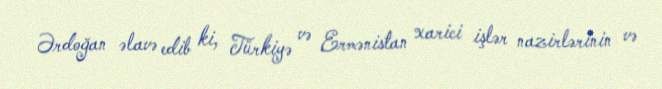
Ərdoğan əlavə edib ki, Türkiyə və Ermənistan xarici işlər nazirlərinin və